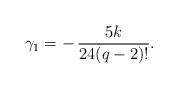
LaTeX: \begin{align*}\gamma_{1} = -\, \dfrac{5k}{24(q-2)!}.\end{align*}